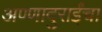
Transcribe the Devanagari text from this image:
अण्णादुराईंचा